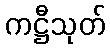
ကဋ္ဌီသုတ်